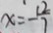
x = - \frac { 1 2 } { 7 }